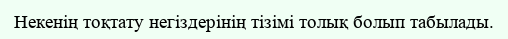
Некенің тоқтату негіздерінің тізімі толық болып табылады.